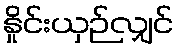
နှိုင်းယှဉ်လျှင်